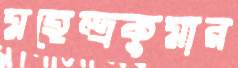
মহেন্দ্রকুমার